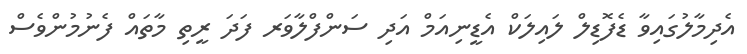
އެދިމާލުގައިވާ ޑެފޮޑިލް ލައިލަކް އެޑީނިއަމް އަދި ސަންފްލާވަރ ފަދަ ރީތި މާތައް ފެނުމުންވެސް